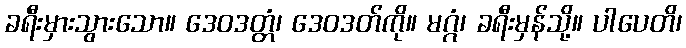
ခရီးမှားသွားသော။ ဒေဝဒတ္တံ၊ ဒေဝဒတ်ကို။ မဂ္ဂံ၊ ခရီးမှန်သို့။ ပါပေတိ၊